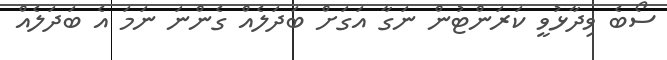
ސޯބެ ވިދާޅުވީ ކަރަންޓުން ނަގާ އަގަށް ބަދަލެއް ގެންނަ ނަމަ އެ ބަދަލެއް